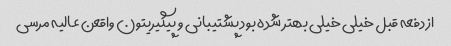
از دفعه قبل خیلی خیلی بهتر شده بود پشتیبانی و پیگیریتون واقعن عالیه مرسی